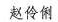
赵伶俐